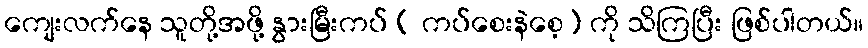
ကျေးလက်နေ သူတို့အဖို့ နွားမြီးကပ် ( ကပ်စေးနဲစေ့) ကို သိကြပြီး ဖြစ်ပါတယ်။